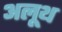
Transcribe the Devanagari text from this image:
अलूथ